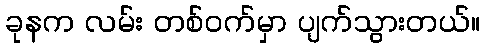
ခုနက လမ်း တစ်ဝက်မှာ ပျက်သွားတယ်။